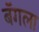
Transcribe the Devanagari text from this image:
बॅगला